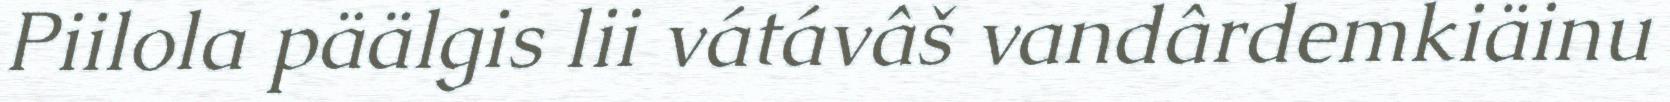
Piilola päälgis lii vátávâš vandârdemkiäinu